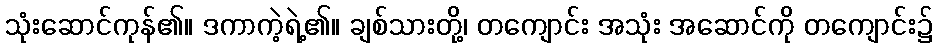
သုံးဆောင်ကုန်၏။ ဒကာကဲ့ရဲ့၏။ ချစ်သားတို့၊ တကျောင်း အသုံး အဆောင်ကို တကျောင်း၌